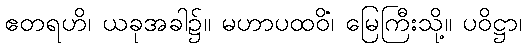
ဧတရဟိ၊ ယခုအခါ၌။ မဟာပထဝိံ၊ မြေကြီးသို့။ ပဝိဋ္ဌာ၊